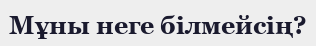
Мұны неге білмейсің?